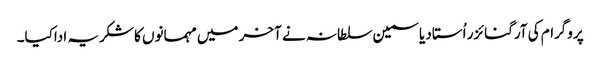
پروگرام کی آرگنائزر اُستاد یاسمین سلطانہ نے آخر میں مہمانوں کا شکریہ اداکیا۔